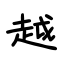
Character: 越